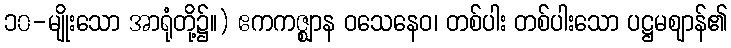
၁၀-မျိုးသော အာရုံတို့၌။) ဧကကဇ္ဈာန ဝသေနေဝ၊ တစ်ပါး တစ်ပါးသော ပဋ္ဌမဈာန်၏